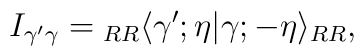
I_{\gamma'\gamma} = {}_{RR}\langle\gamma';\eta|\gamma;-\eta\rangle_{RR} ,